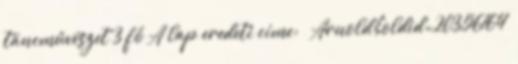
táncművészet 3 fő A lap eredeti címe: „ Arnold&oldid=20356164”